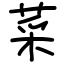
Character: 菜